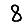
Digit: 8